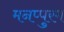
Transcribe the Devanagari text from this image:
मनप्पुरम